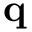
\mathbf { q }